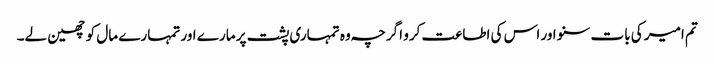
تم امیر کی بات سنو اور اس کی اطاعت کرو اگرچہ وہ تمہاری پشت پر مارے اور تمہارے مال کو چھین لے۔